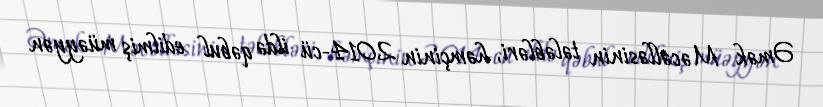
Əmək Məcəlləsinin tələbləri, həmçinin 2014-cü ildə qəbul edilmiş müəyyən